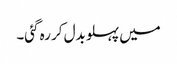
میں پہلو بدل کر رہ گئی۔